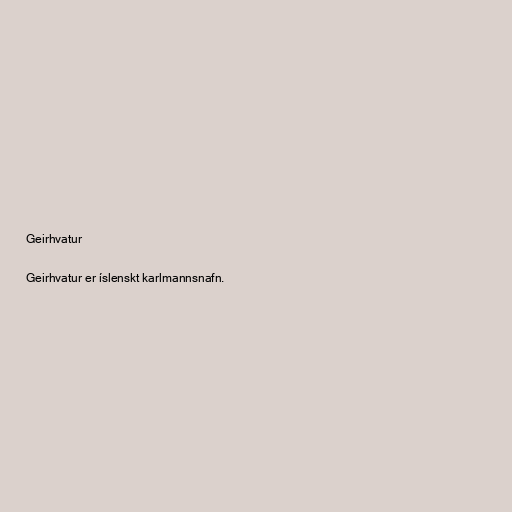
Geirhvatur

Geirhvatur er íslenskt karlmannsnafn.